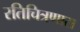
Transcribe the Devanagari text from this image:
रतिचित्रणास